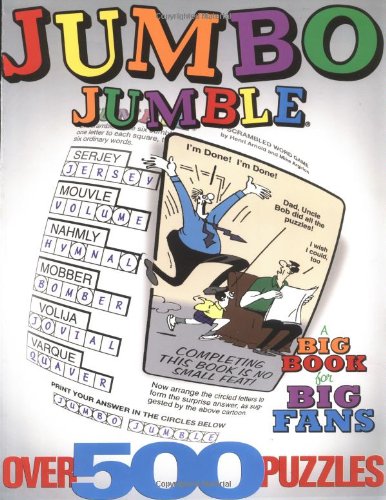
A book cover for Jumbo Jumble: A Big Book for Big Fans (Jumbles); Tribune Media Services; Humor & Entertainment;